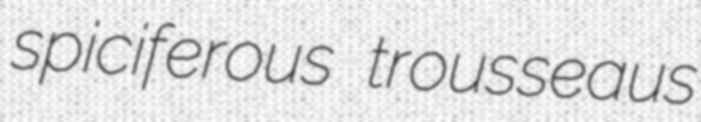
spiciferous trousseaus